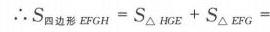
\(\therefore S_{四边形EFGH}=S_{\triangle HGE}+S_{\triangle EFG}\)